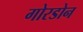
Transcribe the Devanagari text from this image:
गोरडोन